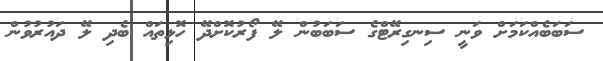
ސަބަބެއްކަމަށް ވަނީ ސިނގިރޭޓްގެ ސަބަބުން ލޭ ފޯރުކޮށްދޭ ހޮޅިތައް ބެދި ލޭ ދައުރުވުން